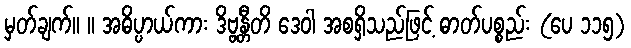
မှတ်ချက်။ ။ အဓိပ္ပာယ်ကား ဒိဗ္ဗန္တီတိ ဒေဝါ အစရှိသည်ဖြင့် ဓာတ်ပစ္စည်း (ပေ ၁၁၅)